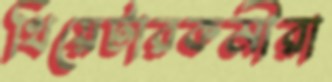
থিয়েটারকর্মীরা